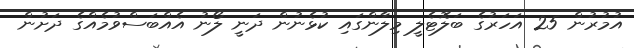
އުމުރުން 25 އަހަރުގެ ބަލޮޓެލީ މިލާންގައި ކުޅެނުން ދަނީ ލޯނު އެއްބަސްވުމެއްގެ ދަށުން